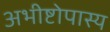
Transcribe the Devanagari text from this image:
अभीष्टोपास्य